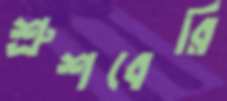
শ্রুশবেরি